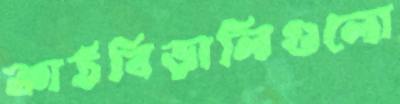
কাঠবিড়ালিগুলো